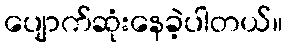
ပျောက်ဆုံးနေခဲ့ပါတယ်။